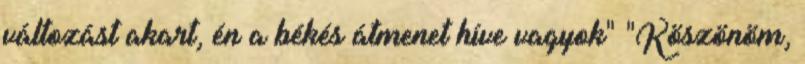
változást akart, én a békés átmenet híve vagyok" "Köszönöm,